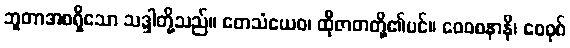
ဘူတာအစရှိသော သဒ္ဒါတို့သည်။ တေသံယေဝ၊ ထိုဇာတတို့၏ပင်။ ဝေဝစနာနိ၊ ဝေဝုစ်